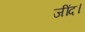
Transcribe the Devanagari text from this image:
जींद।